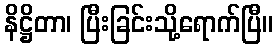
နိဋ္ဌိတာ၊ ပြီးခြင်းသို့ရောက်ပြီ။